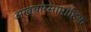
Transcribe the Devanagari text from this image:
अखबारसाप्ताहिक